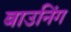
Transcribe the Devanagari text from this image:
बाउनिंग